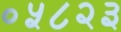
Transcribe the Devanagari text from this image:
०५८२३